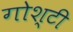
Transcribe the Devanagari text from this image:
गोश्टी